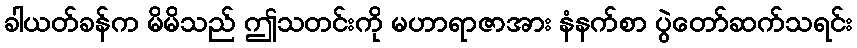
ခါယတ်ခန်က မိမိသည် ဤသတင်းကို မဟာရာဇာအား နံနက်စာ ပွဲတော်ဆက်သရင်း